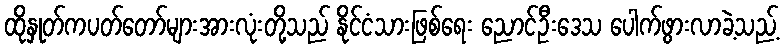
ထိုနှုတ်ကပတ်တော်များအားလုံးတို့သည် နိုင်ငံသားဖြစ်ရေး ညောင်ဦးဒေသ ပေါက်ဖွားလာခဲ့သည့်